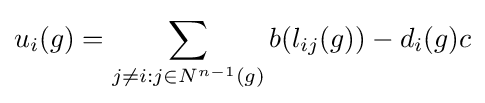
u_{i}(g)=\sum _{j\neq i:j\in N^{n-1}(g)}b(l_{ij}(g))-d_{i}(g)c